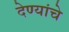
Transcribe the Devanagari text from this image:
देण्यांचे